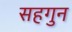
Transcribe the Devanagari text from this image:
सहगुन